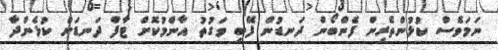
ނަމަވެސް ކުޅުންތެރިން ފެންބޯން ދަނޑުން ފޭބި ވަގުތު އާންމުކޮށް ޓާފް ދަނޑަށް ކުޅެންދާ